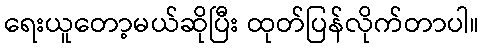
ရေးယူတော့မယ်ဆိုပြီး ထုတ်ပြန်လိုက်တာပါ။